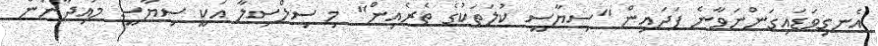
އެނގިވަޑައިގަންނަވާނެ ފަދައިން "ސިޔާސީ ކުލަތަކުގެ ތެރެއިން" މި ސިލްސިލާ އަކީ ސިޔާސީ މައިދާނުން